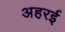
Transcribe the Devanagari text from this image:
अहरई